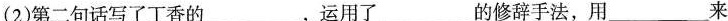
(2)第二句话写了丁香的___ ，运用了___ 的修辞手法，用___ 来